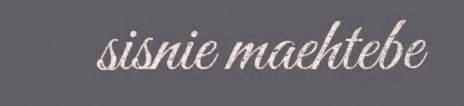
sisnie maehtebe